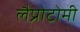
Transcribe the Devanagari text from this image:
लैप्रोटोमी